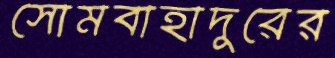
সোমবাহাদুরের